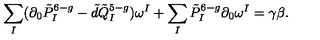
\sum _ { I } ( \partial _ { 0 } \tilde { P } _ { I } ^ { 6 - g } - \tilde { d } \tilde { Q } _ { I } ^ { 5 - g } ) \omega ^ { I } + \sum _ { I } \tilde { P } _ { I } ^ { 6 - g } \partial _ { 0 } \omega ^ { I } = \gamma \beta .